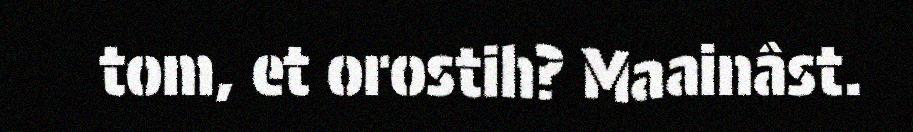
tom, et orostih? Maainâst.